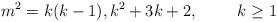
LaTeX: \begin{align*}m^2 = k(k-1), k^2+3k+2, \hspace{1cm} k \geq 1\end{align*}